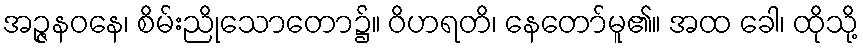
အဉ္ဇနဝနေ၊ စိမ်းညိုသောတော၌။ ဝိဟရတိ၊ နေတော်မူ၏။ အထ ခေါ၊ ထိုသို့